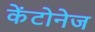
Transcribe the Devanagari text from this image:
केंटोनेज